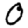
Digit: 0